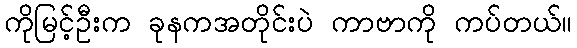
ကိုမြင့်ဦးက ခုနကအတိုင်းပဲ ကာဗာကို ကပ်တယ်။